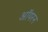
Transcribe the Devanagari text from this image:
ऑयरन